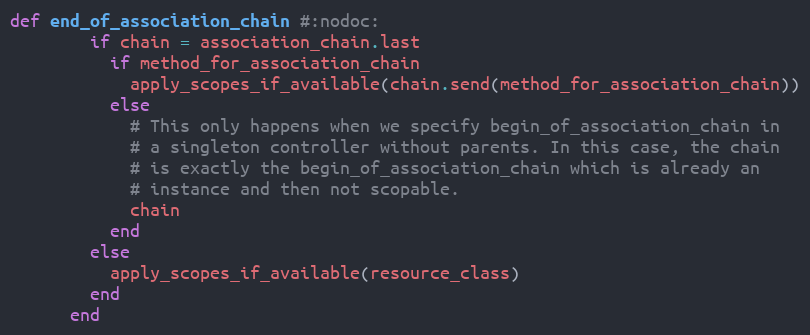
Language: Ruby
def end_of_association_chain #:nodoc:
        if chain = association_chain.last
          if method_for_association_chain
            apply_scopes_if_available(chain.send(method_for_association_chain))
          else
            # This only happens when we specify begin_of_association_chain in
            # a singleton controller without parents. In this case, the chain
            # is exactly the begin_of_association_chain which is already an
            # instance and then not scopable.
            chain
          end
        else
          apply_scopes_if_available(resource_class)
        end
      end